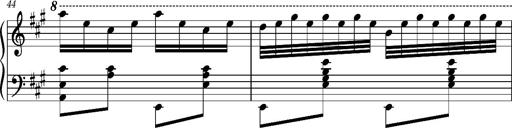
Title: Ungarischer Romanzero
Composer: Franz Liszt